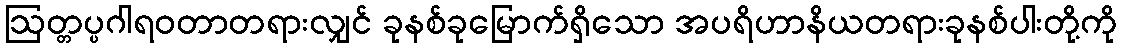
ဩတ္တပ္ပဂါရဝတာတရားလျှင် ခုနစ်ခုမြောက်ရှိသော အပရိဟာနိယတရားခုနစ်ပါးတို့ကို